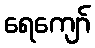
ရေကျော်